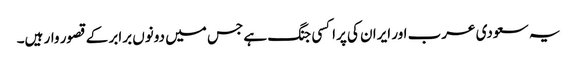
یہ سعودی عرب اور ایران کی پراکسی جنگ ہے جس میں دونوں برابر کے قصور وار ہیں۔